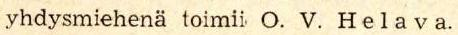
yhdysmiehenä toimii O. V. Helava.